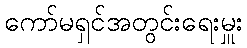
ကော်မရှင်အတွင်းရေးမှူး